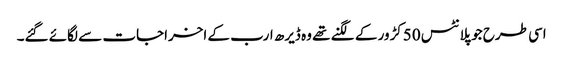
اسی طرح جو پلانٹس 50کڑور کے لگنے تھے وہ ڈیرھ ارب کے اخراجات سے لگائے گئے۔